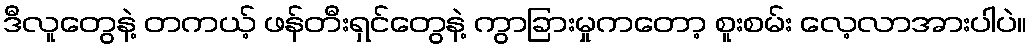
ဒီလူတွေနဲ့ တကယ့် ဖန်တီးရှင်တွေနဲ့ ကွာခြားမှုကတော့ စူးစမ်း လေ့လာအားပါပဲ။